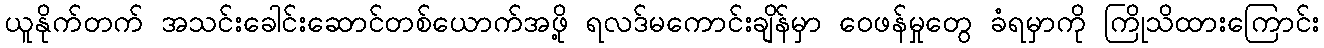
ယူနိုက်တက် အသင်းခေါင်းဆောင်တစ်ယောက်အဖို့ ရလဒ်မကောင်းချိန်မှာ ဝေဖန်မှုတွေ ခံရမှာကို ကြိုသိထားကြောင်း